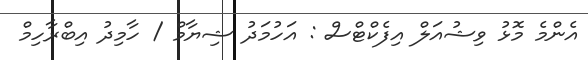
އެންމެ މޮޅު ވިޝުއަލް އިފެކްޓްސް : އަހުމަދު ޝިޔާމް / ހާމިދު އިބްރާހިމް